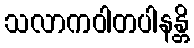
သလာကဝါတပါနန္တိ